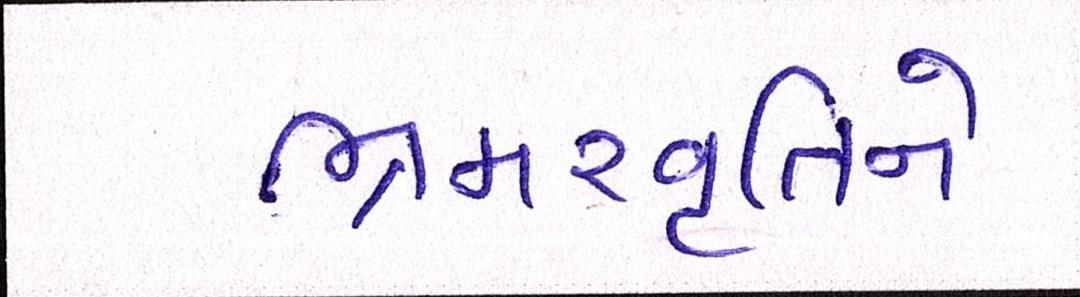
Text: ભ્રમરવૃતિને